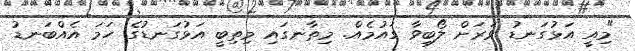
"މިއީ އަޅުގަނޑު ވަރަށް ލޯބިވާ ގައުމެއް. މިތާނގައި މިތިބީ އަޅުގަނޑުގެ ހަމަ އެއްބަނޑު